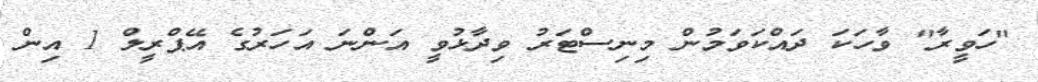
"ހަވީރާ" ވާހަކަ ދައްކަވަމުން މިނިސްޓަރު ވިދާޅުވީ އަންނަ އަހަރުގެ އޭޕްރީލް 1 އިން